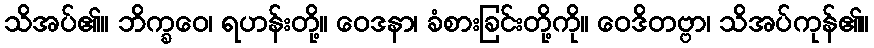
သိအပ်၏။ ဘိက္ခဝေ၊ ရဟန်းတို့။ ဝေဒနာ၊ ခံစားခြင်းတို့ကို။ ဝေဒိတဗ္ဗာ၊ သိအပ်ကုန်၏။